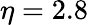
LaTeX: \eta=2.8